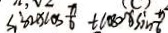
\sin x \cos \frac { \pi } { 6 } + \cos x \sin \frac { \pi } { 6 }